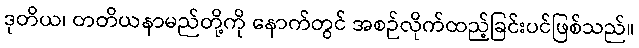
ဒုတိယ၊ တတိယနာမည်တို့ကို နောက်တွင် အစဉ်လိုက်ထည့်ခြင်းပင်ဖြစ်သည်။